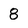
Character: 8